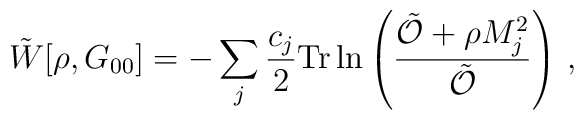
\tilde W[\rho,G_{00}]=-\sum_j \frac{c_j}{2}{\rm Tr}\ln\left(\frac{\tilde \mathcal{O}+\rho M_j^2}{\tilde \mathcal{O}}\right)\,,